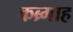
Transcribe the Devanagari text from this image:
कब्र्गाह